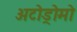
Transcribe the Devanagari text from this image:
अटोड्रोमो